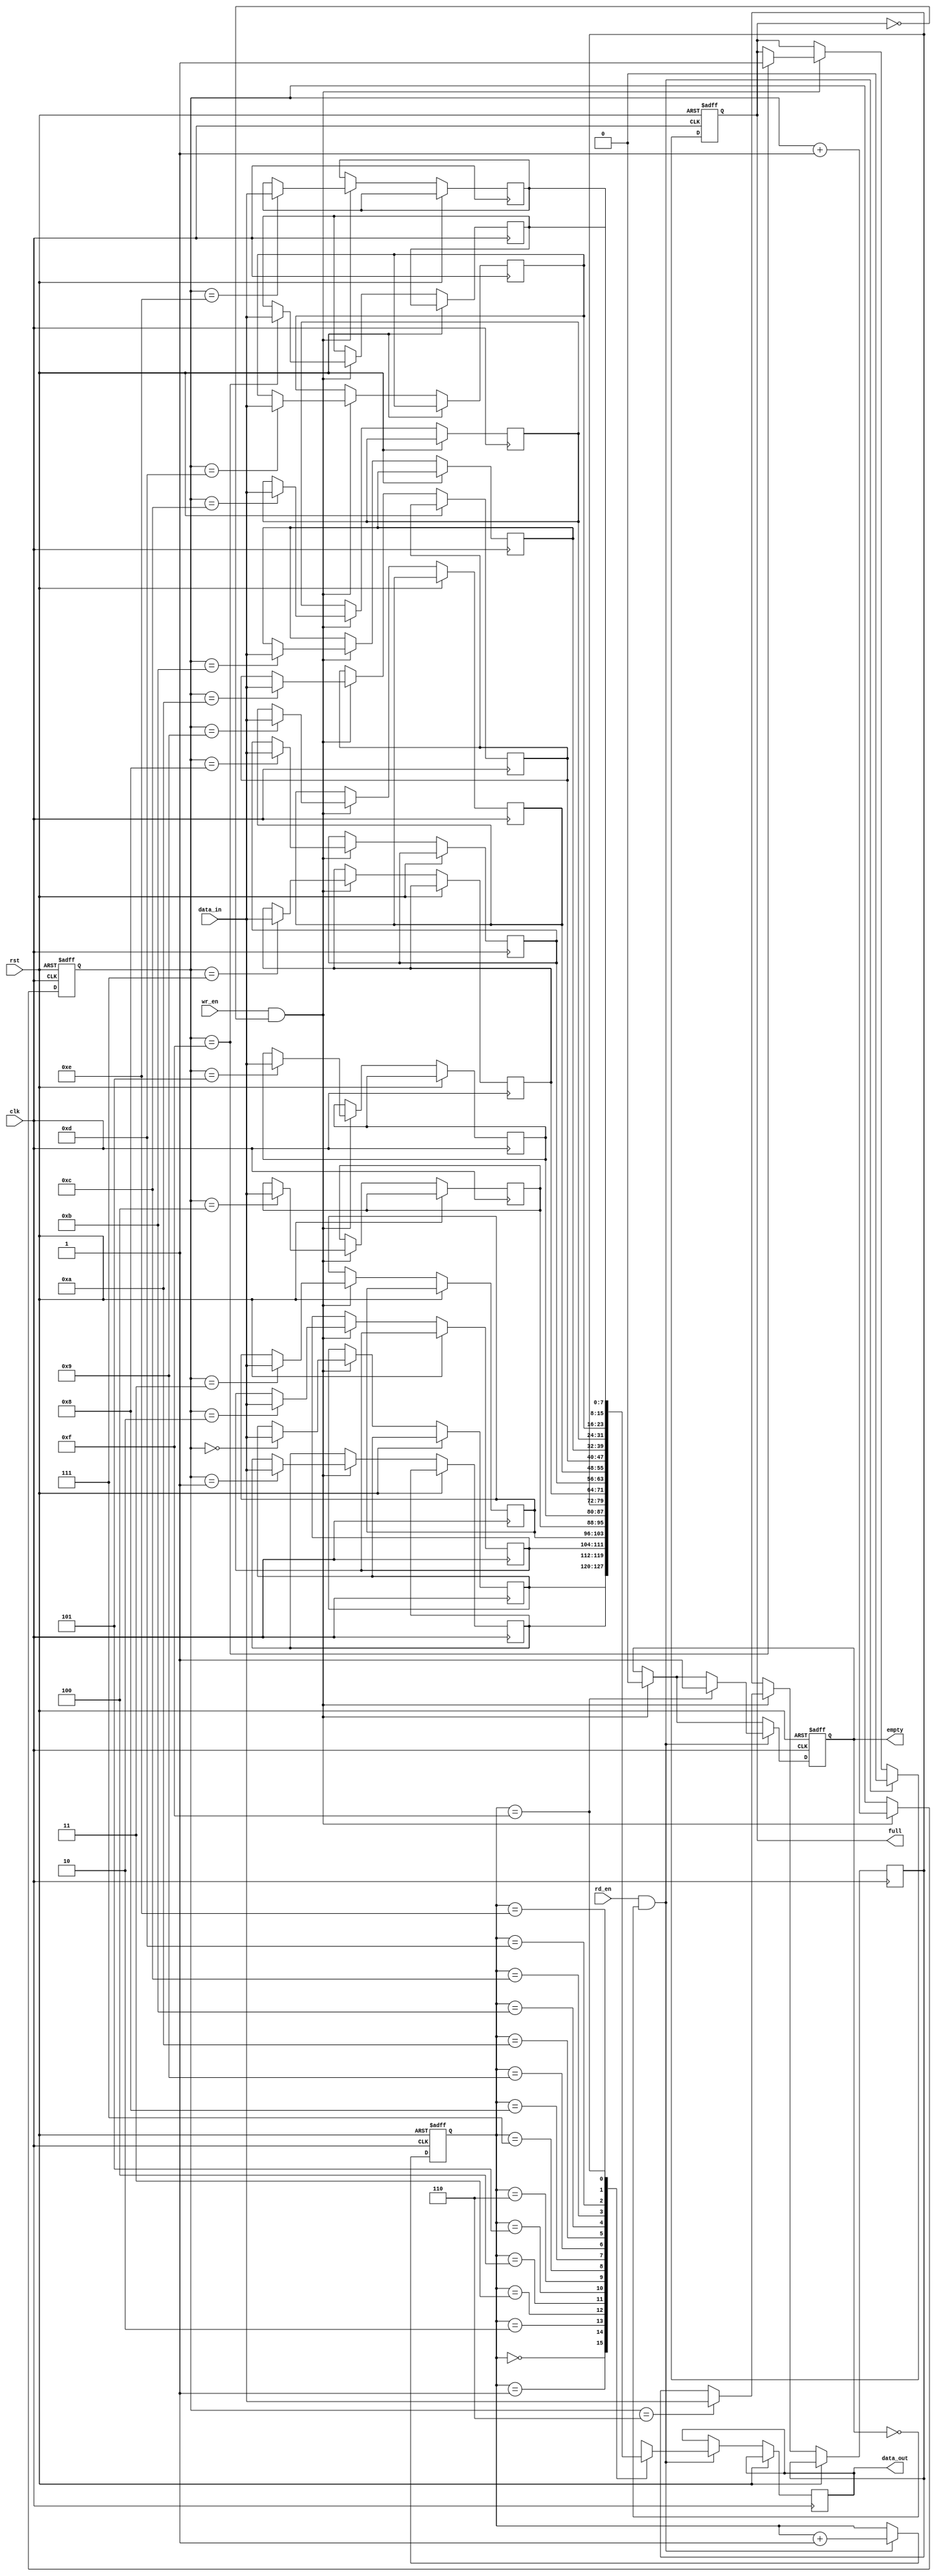
module fifo (
  input wire clk,
  input wire rst,
  input wire wr_en,
  input wire rd_en,
  input wire [7:0] data_in,
  output reg [7:0] data_out,
  output reg full,
  output reg empty
);

parameter DEPTH = 16;
reg [7:0] memory [0:DEPTH-1];
reg [3:0] write_ptr;
reg [3:0] read_ptr;

initial begin
  write_ptr = 0;
  read_ptr = 0;
  full = 0;
  empty = 1;
end

always @(posedge clk or posedge rst) begin
  if (rst) begin
    write_ptr <= 0;
    read_ptr <= 0;
    full <= 0;
    empty <= 1;
  end else begin
    if (wr_en && ~full) begin
      memory[write_ptr] <= data_in;
      write_ptr <= write_ptr + 1;
      if (write_ptr == DEPTH-1) begin
        full <= 1;
      end
      empty <= 0;
    end
    
    if (rd_en && ~empty) begin
      data_out <= memory[read_ptr];
      read_ptr <= read_ptr + 1;
      if (read_ptr == DEPTH-1) begin
        empty <= 1;
      end
      full <= 0;
    end
  end
end

endmodule